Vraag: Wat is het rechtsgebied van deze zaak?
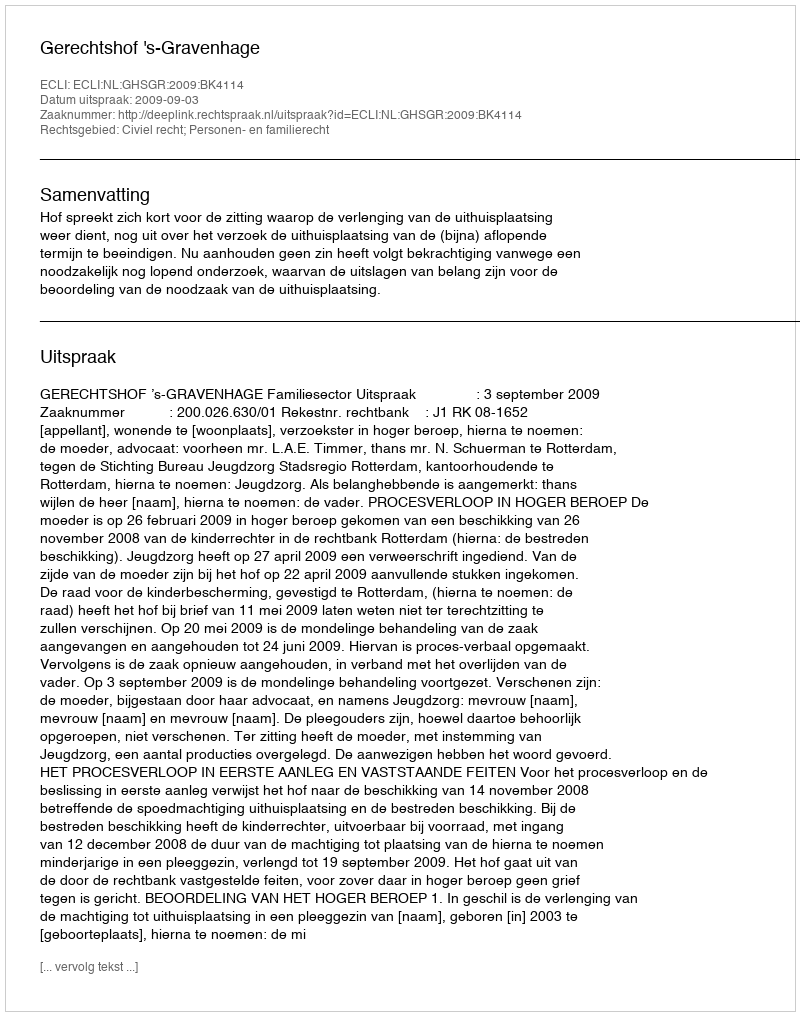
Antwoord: Civiel recht; Personen- en familierecht